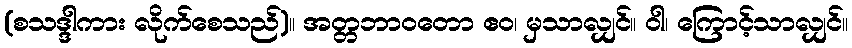
(စသဒ္ဒါကား လိုက်စေသည်)။ အတ္တဘာဝတော ဧဝ၊ မှသာလျှင်။ ဝါ၊ ကြောင့်သာလျှင်။